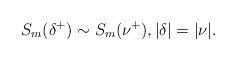
LaTeX: \begin{align*}S_m(\delta^{+}) \sim S_m(\nu^{+}),|\delta| = |\nu|.\end{align*}